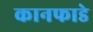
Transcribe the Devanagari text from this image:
कानफाडे